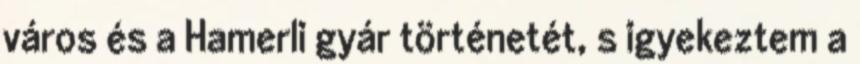
város és a Hamerli gyár történetét, s igyekeztem a